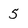
Character: 5